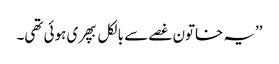
’’یہ خاتون غصے سے بالکل بپھری ہوئی تھی۔